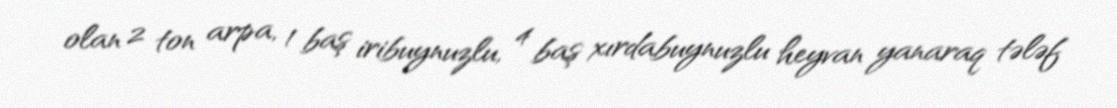
olan 2 ton arpa, 1 baş iribuynuzlu, 4 baş xırdabuynuzlu heyvan yanaraq tələf